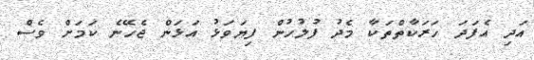
އަދި އެފަދަ ހަރަކާތްތަކާ މެދު ފުލުހުން ފިޔަވަޅު އަޅަން ޖެހޭނެ ކަމަށް ވެސް